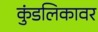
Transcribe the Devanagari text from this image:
कुंडलिकावर